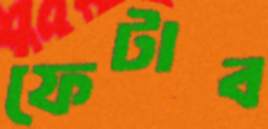
ফেটাব